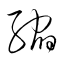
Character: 縮